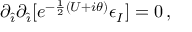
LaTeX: \partial _ { \hat { \imath } } \partial _ { \hat { \imath } } [ e ^ { - \frac { 1 } { 2 } ( U + i \theta ) } \epsilon _ { I } ] = 0 \, ,